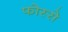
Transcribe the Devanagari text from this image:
फोस्से